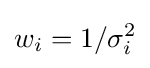
w_{i}=1/\sigma _{i}^{2}